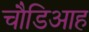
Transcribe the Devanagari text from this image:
चौडिआह